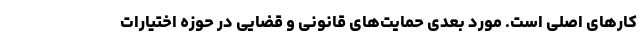
کارهای اصلی است. مورد بعدی حمایت‌های قانونی و قضایی در حوزه اختیارات